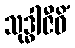
သုဒ္ဓါဇီဝိံ